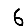
Digit: 6